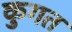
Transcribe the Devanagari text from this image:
कुगत